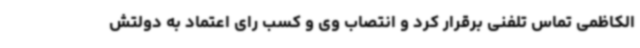
الکاظمی تماس تلفنی برقرار کرد و انتصاب وی و کسب رای اعتماد به دولتش